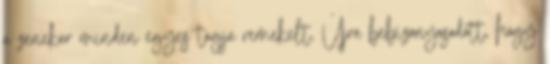
a zenekar minden egyes tagja remekelt. Újra bebizonyosodott, hogy